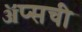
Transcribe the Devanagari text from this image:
ॲप्सची